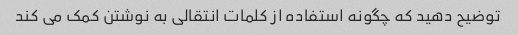
توضیح دهید که چگونه استفاده از کلمات انتقالی به نوشتن کمک می کند